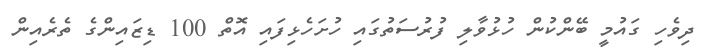
ދިވެހި ގައުމީ ބޭންކުން ހުޅުވާލި ފުރުސަތުގައި ހުށަހެޅިފައި އޮތް 100 ޑިޒައިންގެ ތެރެއިން